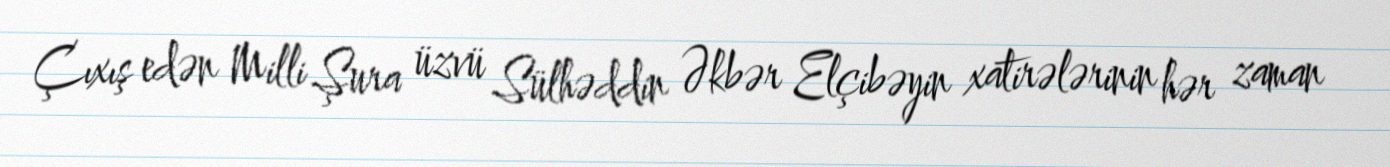
Çıxış edən Milli Şura üzvü Sülhəddin Əkbər Elçibəyin xatirələrinin hər zaman